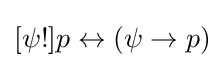
[\psi !]p\leftrightarrow (\psi \rightarrow p)